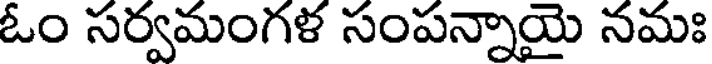
ఓం సర్వమంగళ సంపన్నాయై నమః